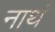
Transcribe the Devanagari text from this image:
नाथं